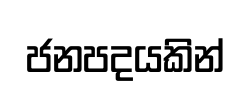
ජනපදයකින්